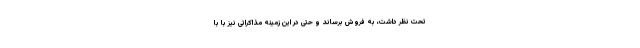
تحت نظر داشت، به فروش برساند و حتی در این زمینه مذاکراتی نیز با با